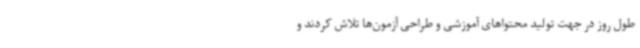
طول روز در جهت تولید محتواهای آموزشی و طراحی آزمون‌ها تلاش کردند و